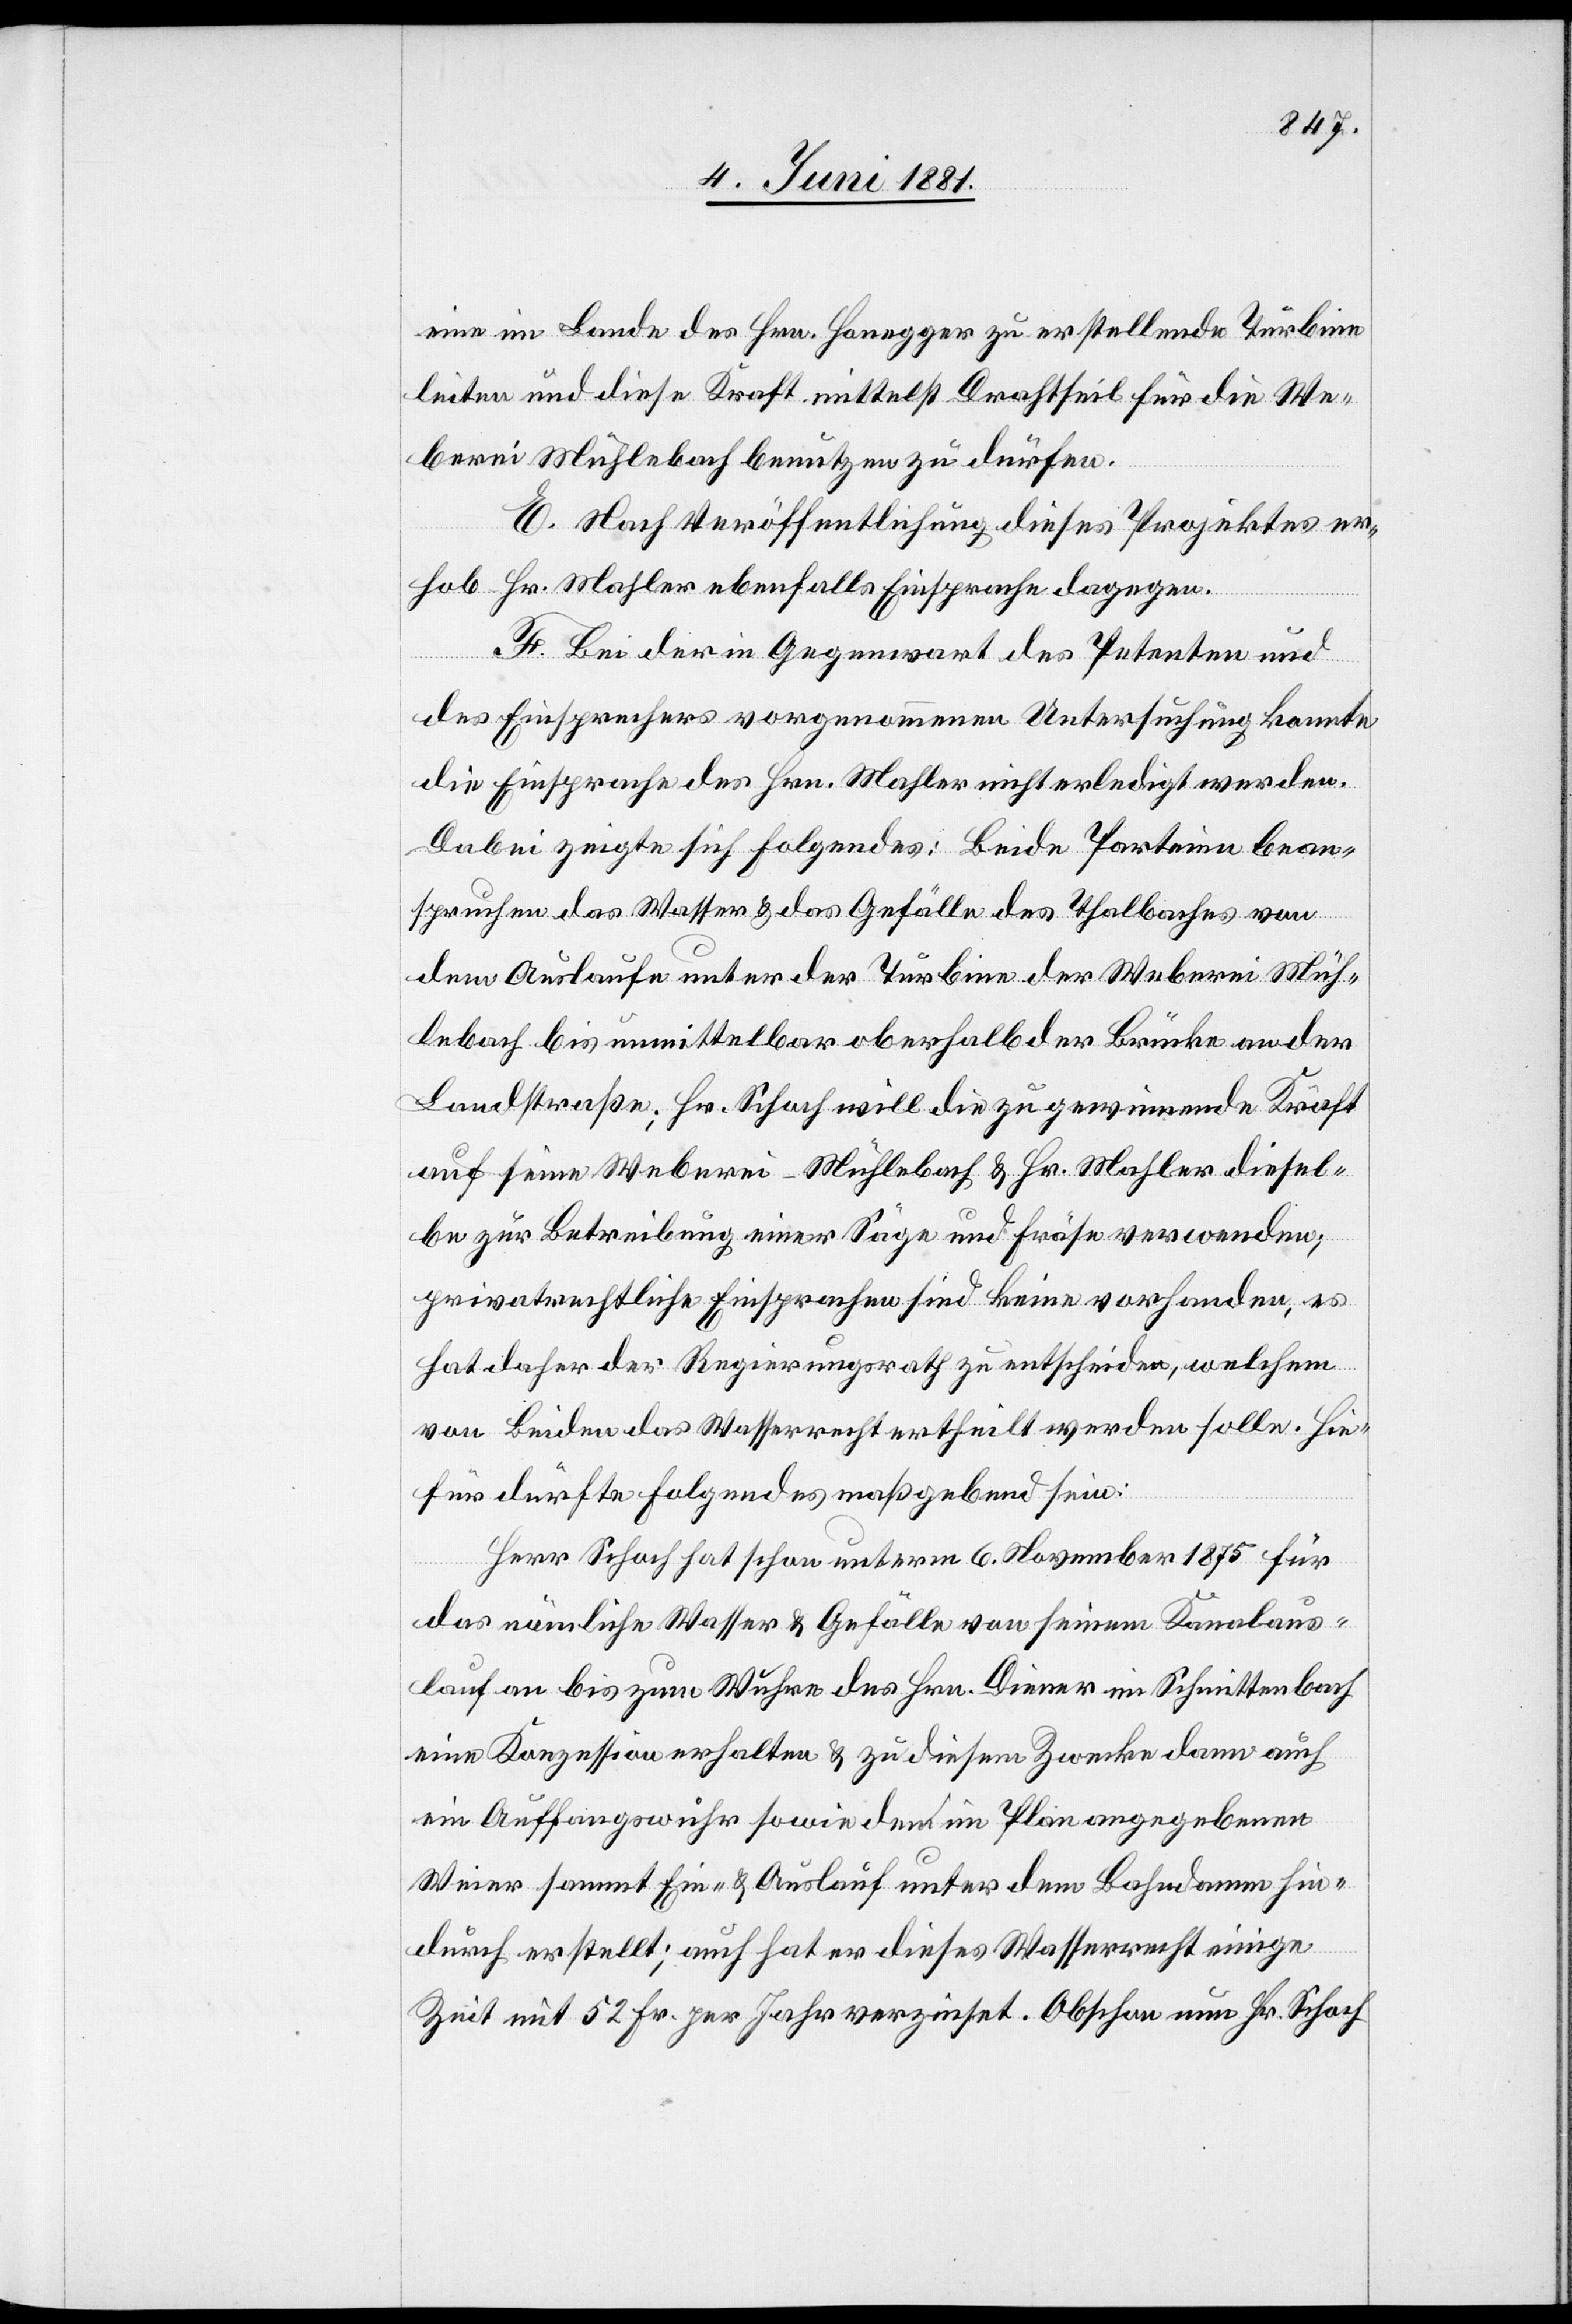
eine im Lande des Hrn. Honegger zu erstellende Turbine
leiten und diese Kraft mittelst Drahtseil für die We¬
berei Mühlebach benutzen zu dürfen.
E. Nach Veröffentlichung dieses Projektes er¬
hob Hr. Mahler ebenfalls Einsprache dagegen.
F. Bei der in Gegenwart des Petenten und
des Einsprechers vorgenommenen Untersuchungen konnte
die Einsprache des Hrn. Mahler nicht erledigt werden.
Dabei zeigte sich folgendes: Beide Parteien bean¬
spruchen das Wasser & das Gefälle des Thalbaches von
dem Auslaufe unter der Turbine der Weberei Müh¬
lebach bis unmittelbar oberhalb der Brücke an der
Landstraße; Hr. Schoch will die zu gewinnende Kraft
auf seine Weberei-Mühlebach & Hr. Mahler diesel¬
be zur Betreibung einer Säge und Fräse verwenden;
privatrechtliche Einsprachen sind keine vorhanden, es
hat daher der Regierungsrath zu entscheiden, welchem
von beiden das Wasserrecht ertheilt werden solle. Hie¬
für dürfte folgendes maßgebend sein.
Herr Schoch hat schon unterm 6. November 1885 für
das nämliche Wasser & Gefälle von seinem Kanalaus¬
lauf an bis zum Wuhre des Hrn. Diener im Schmittenbach
eine Konzession erhalten & zu diesem Zwecke dann auch
ein Auffangwuhr sowie dem im Plan angegebenen
Weier sammt Ein- & Auslauf unter dem Bahndamm hin¬
durch erstellt; auch hat er dieses Wasserrecht einige
Zeit mit 52 Fr. per Jahr verzinst. Obschon nun Hr. Schoch